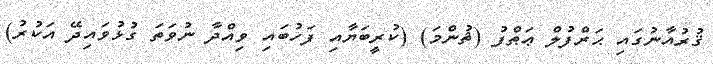
ޤުރުއާނުގައި ޙަރްފުލް ޢަޠްފު (ޘުންމަ) (ކުރީބަޔާއި ފަހުބައި ވިއްދާ ނުވަތަ ގުޅުވައިދޭ އަކުރު)